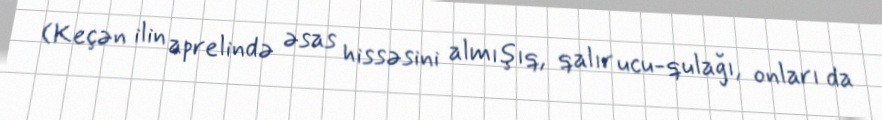
(Keçən ilin aprelində əsas hissəsini almışıq, qalır ucu-qulağı, onları da